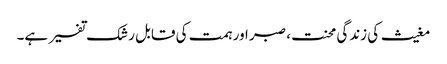
مغیث کی زندگی محنت، صبر اور ہمت کی قابل رشک تفسیر ہے۔